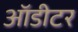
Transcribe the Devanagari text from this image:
ऑडीटर